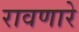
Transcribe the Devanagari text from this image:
रावणारे